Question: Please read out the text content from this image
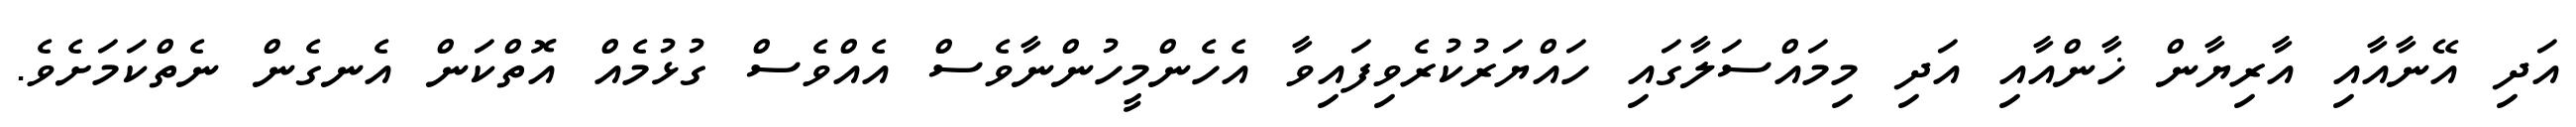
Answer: އަދި އޭނާއާއި އާރިޔާން ޚާންއާއި އަދި މިމައްސަލާގައި ހައްޔަރުކުރެވިފައިވާ އެހެންމީހުންނާވެސް އެއްވެސް ގުޅުމެއް އޮތްކަން އެނގެން ނެތްކަމަށެވެ.